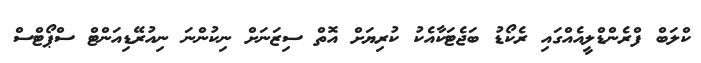
ކްލަބް ފްރެންޑްލީއެއްގައި ރެކޯޑު ބަޖެޓަކާއެކު ކުރިޔަށް އޮތް ސިޒަނަށް ނިކުންނަ ނިއުރޭޑިއަންޓް ސްޕޯޓްސް